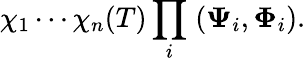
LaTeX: \chi_{1}\cdots\chi_{n}(T)\prod_{i}\; ({\mathbf\Psi_{i}},{\mathbf\Phi_{i}}).